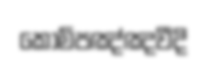
කොම්පඤ්ඤවීදි